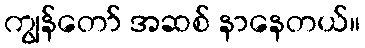
ကျွန်တော် အဆစ် နာနေတယ်။